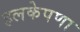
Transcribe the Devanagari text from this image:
हलकेपणा